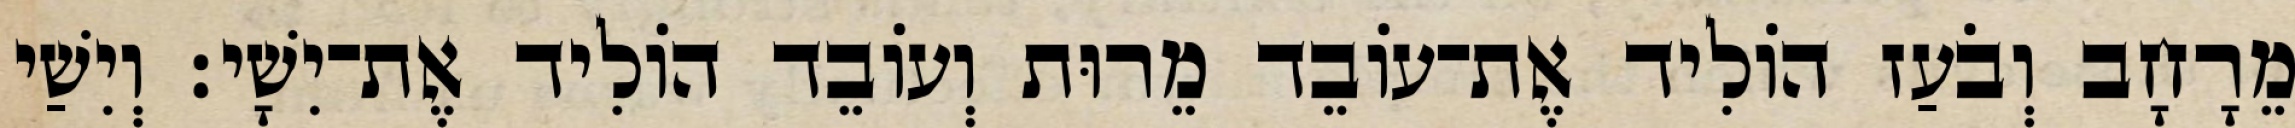
מֵרָחָב וְבֹעַז הוֹלִיד אֶת־עוֹבֵד מֵרוּת וְעוֹבֵד הוֹלִיד אֶת־יִשָׁי׃ וְיִשַׁי